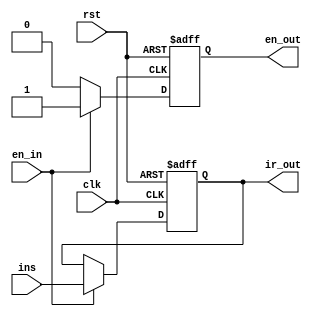
module ir(clk,rst,ins,en_in,en_out,ir_out);
input clk,rst;
input [15:0] ins;
input en_in;
output reg en_out;
output reg [15:0] ir_out;

always @ (posedge clk or negedge rst) begin
	if(!rst) begin
		ir_out <= 16'b000000000000;
		en_out <= 1'b1;
	end
	else begin
		if(en_in) begin
			en_out <= 1'b1;
			ir_out <= ins;
		end
		else en_out <= 1'b0;
	end
end
endmodule